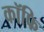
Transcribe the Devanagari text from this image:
कॉफि